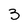
Character: 3